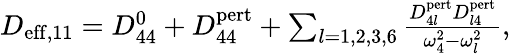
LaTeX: \begin{array}{r}{D_{\mathrm{eff},11}=D_{44}^{0}+D_{44}^{\mathrm{pert}}+\sum_{l=1,2,3,6}\frac{D_{4l}^{\mathrm{pert}}D_{l4}^{\mathrm{pert}}}{\omega_{4}^{2}-\omega_{l}^{2}},}\end{array}